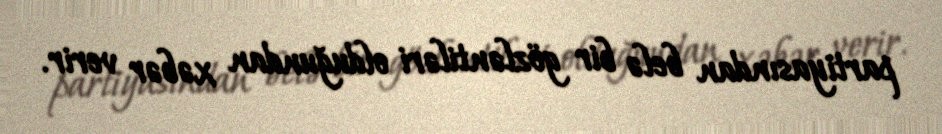
partiyasından belə bir gözləntiləri olduğundan xəbər verir.